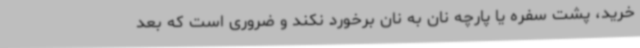
خرید، پشت سفره یا پارچه نان به نان برخورد نکند و ضروری است که بعد